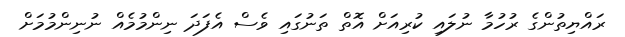
ރައްޔިތުންގެ ރުހުމާ ނުލައި ކުރިއަށް އޮތް ތަނުގައި ވެސް އެފަދަ ނިންމުމެއް ނުނިންމުމަށް